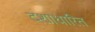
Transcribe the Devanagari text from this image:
दशाधारित